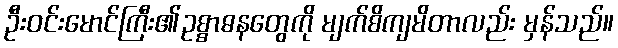
ဦးဝင်းမောင်ကြီး၏ဥစ္စာဓနတွေကို မျက်စိကျမိတာလည်း မှန်သည်။